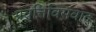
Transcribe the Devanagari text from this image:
प्रवृत्तिविसंवाद